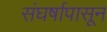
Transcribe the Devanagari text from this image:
संघर्षापासून